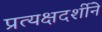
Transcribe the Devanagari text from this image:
प्रत्यक्षदर्शीने